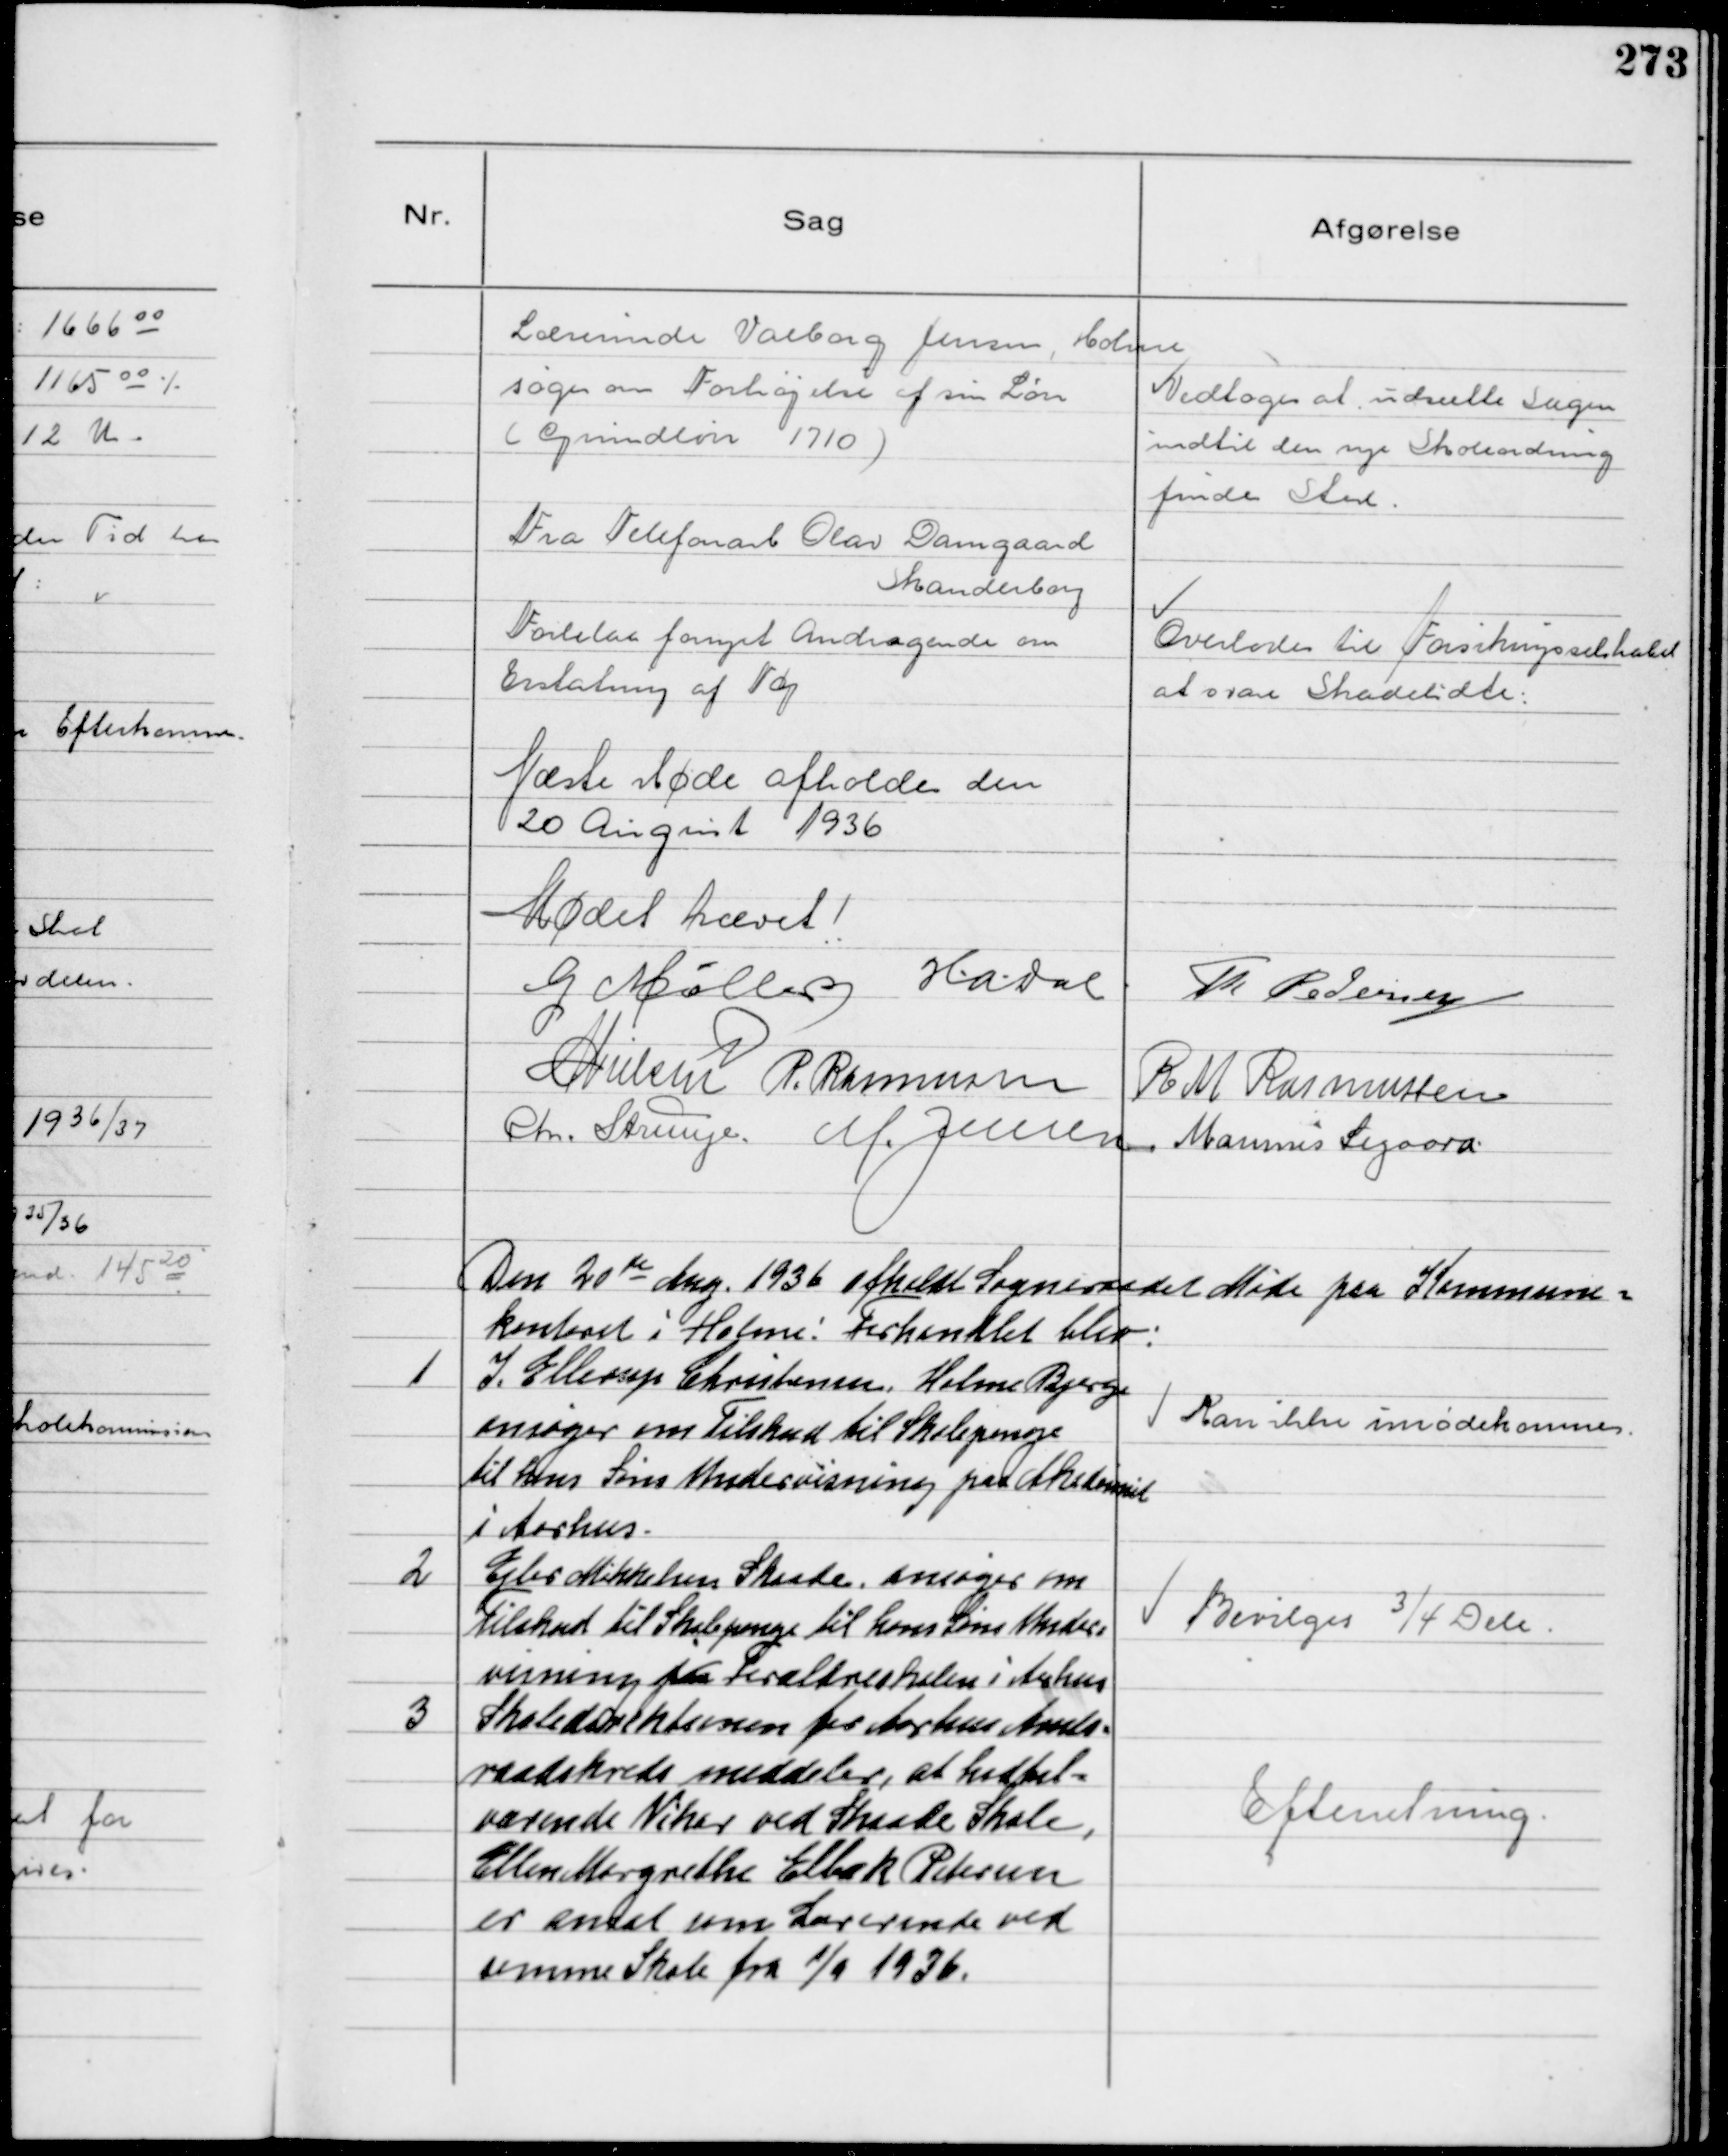
Transskription:
Lærerinde Valborg Jensen, Holme
søger om Forhøjelse af sin Løn
(Grundløn 1710)

Vedtoges at udsætte Sagen
indtil den nye Skoleordning
finder Sted

Fra Telefonarb Olav Damgaard
Skanderborg
Forelaa fornyet Andragende om
Erstatning af Tøj

Overlodes til Forsikringsselskabet
at svare Skadelidte

Næste Møde afholdes den
20 August 1936
Mødet hævet!
G Møller HADal Th Pedersen
NNielsen P. Rasmussen R M Rasmussen
Chr. Strunge M. Jensen Marinus Sigaard

Den 20de Aug 1936 afholdt Sogneraadet Møde paa Kommune-
kontoret i Holme! Forhandlet blev:

1
I. Ellerup Christensen, Holme Bjerge
ansøger om Tilskud til Skolepenge
til hans Søns Undervisning paa Akademiet
i Aarhus

Kan ikke imødekommes

2
Ejler Mikkelsen Skaade, ansøger om 
Tilskud til Skolepenge til hans Søns Under-
visning paa Forældreskolen i Aarhus

Bevilges ¾ Dele

3
Skoledirektionen for aarhus Amts-
raadskreds meddeler, at hidtil-
værende Vikar ved Skaade Skole,
Ellen Margrethe Elbæk Petersen
er ansat som Lærerinde ved
samme Skole fra 1/9 1936

Efterretning